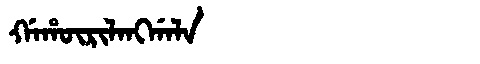
Manchu: ᡤᠠᡥᡡᡵᡳᠯᠠᠩᡤᠠᠯᠠ
Romanization: GAHŪRILANGGALA